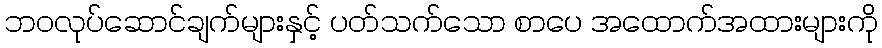
ဘဝလုပ်ဆောင်ချက်များနှင့် ပတ်သက်သော စာပေ အထောက်အထားများကို